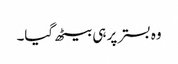
وہ بستر پر ہی بیٹھ گیا۔